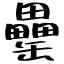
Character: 罍